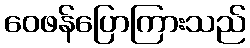
ဝေဖန်ပြောကြားသည်